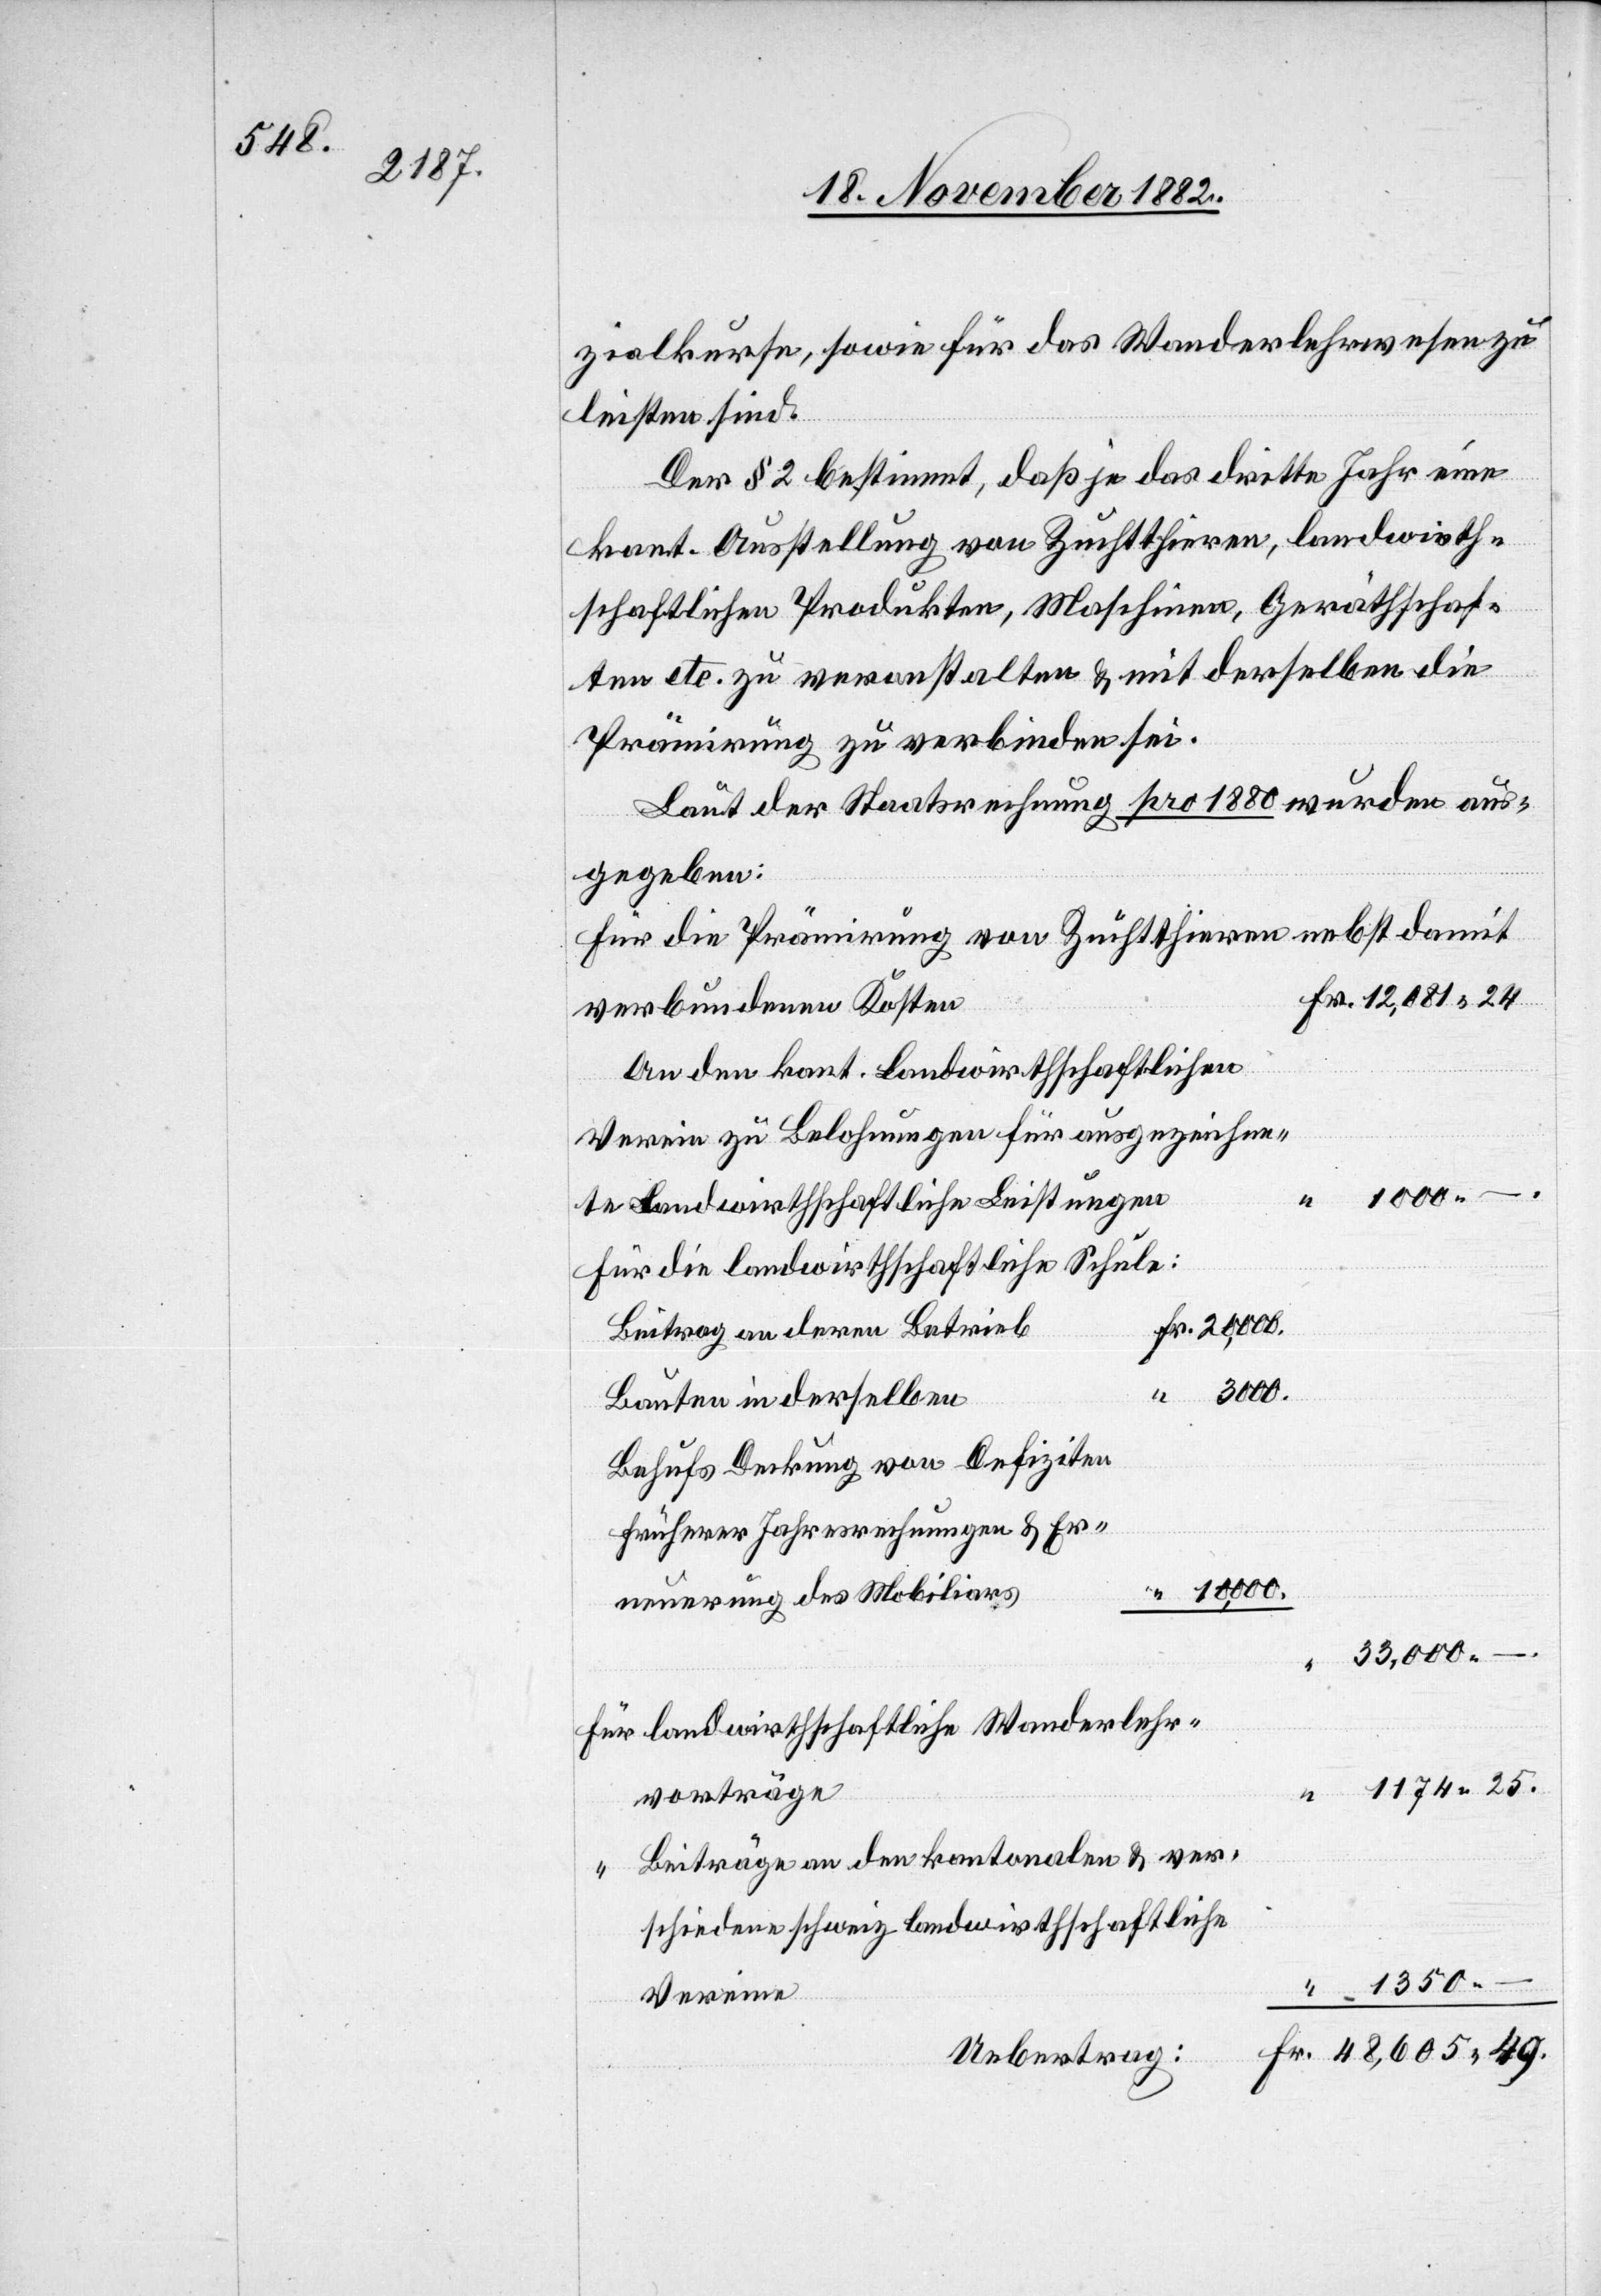
zialkurse, sowie für das Wanderlehrwesen zu
leisten sind.
Der § 2 bestimmt, daß je das dritte Jahr eine
kant. Ausstellung von Zuchtthieren, landwirth¬
schaftlichen Produkten, Maschinen, Gerätschaf¬
ten etc. zu veranstalten & mit derselben die
Prämirung zu verbinden sei.
Laut der Staatsrechnung pro 1880 wurden aus¬
gegeben:
Für die Prämirung von Zuchtthieren nebst damit
verbundenen Kosten
An den kant. landwirthschaftlichen
Verein zu Belohnungen für ausgezeichne¬
te landwirthschaftliche Leistungen
für die landwirthschaftliche Schule:
Beitrag an deren Betrieb
10,000.
24.
Bauten in derselben
Behufs Deckung von Defiziten
früherer Jahresrechnungen & Er¬
neuerung des Mobiliars
33,000
25.
Für landwirtschaftliche Wanderlehr¬
vorträge
Beiträge an den kantonalen & ver¬
schiedene schweiz. landwirtschaftliche
Vereine
Uebertrag: